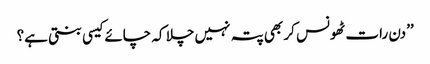
’’دن رات ٹھونس کر بھی پتہ نہیں چلا کہ چائے کیسی بنتی ہے؟